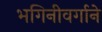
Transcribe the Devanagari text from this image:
भगिनीवर्गाने